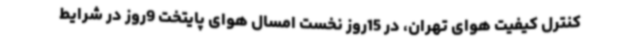
کنترل کیفیت هوای تهران، در 15روز نخست امسال هوای پایتخت 9روز در شرایط